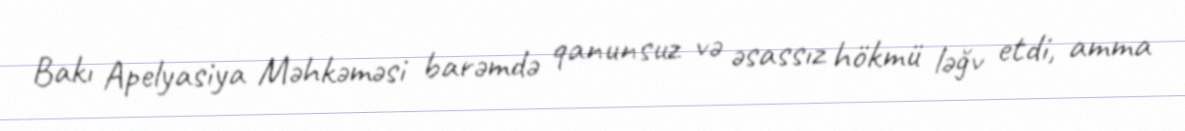
Bakı Apelyasiya Məhkəməsi barəmdə qanunsuz və əsassız hökmü ləğv etdi, amma